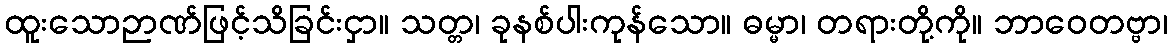
ထူးသောဉာဏ်ဖြင့်သိခြင်းငှာ။ သတ္တ၊ ခုနစ်ပါးကုန်သော။ ဓမ္မာ၊ တရားတို့ကို။ ဘာဝေတဗ္ဗာ၊